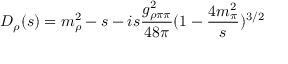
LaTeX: D _ { \rho } ( s ) = m _ { \rho } ^ { 2 } - s - i s \frac { g _ { \rho \pi \pi } ^ { 2 } } { 4 8 \pi } ( 1 - \frac { 4 m _ { \pi } ^ { 2 } } { s } ) ^ { 3 / 2 }